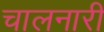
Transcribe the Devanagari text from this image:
चालनारी